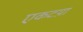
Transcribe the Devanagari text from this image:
एकटय़ा